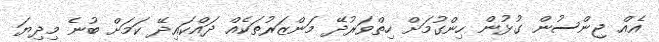
އެއް ޖިންސުން ގުޅުން ހިންގުމަށް ހިތްވަރުދޭ މަންޒަރުތަކެއް ދައްކައިދޭ ކަމަށް ބުނެ މިދިޔަ